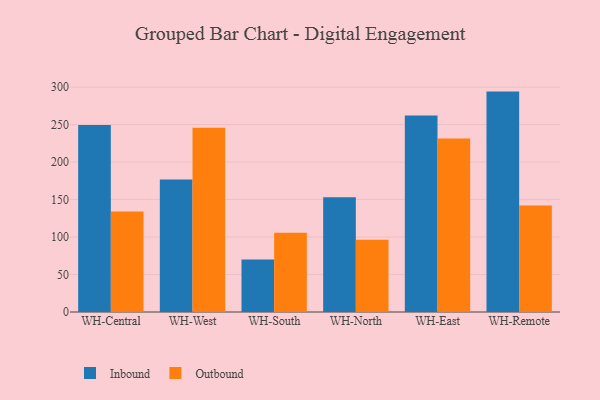
{"axis": {"x": "Warehouse", "y": "Headcount"}, "legend": ["Inbound", "Outbound"], "data": [{"x": "WH-Central", "y": 249.4, "type": "Inbound"}, {"x": "WH-Central", "y": 133.9, "type": "Outbound"}, {"x": "WH-West", "y": 176.9, "type": "Inbound"}, {"x": "WH-West", "y": 245.7, "type": "Outbound"}, {"x": "WH-South", "y": 70.0, "type": "Inbound"}, {"x": "WH-South", "y": 105.8, "type": "Outbound"}, {"x": "WH-North", "y": 153.0, "type": "Inbound"}, {"x": "WH-North", "y": 96.3, "type": "Outbound"}, {"x": "WH-East", "y": 262.2, "type": "Inbound"}, {"x": "WH-East", "y": 231.3, "type": "Outbound"}, {"x": "WH-Remote", "y": 294.0, "type": "Inbound"}, {"x": "WH-Remote", "y": 142.1, "type": "Outbound"}]}